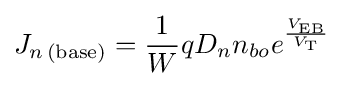
J_{n\,({\text{base}})}={\frac {1}{W}}qD_{n}n_{bo}e^{\frac {V_{\text{EB}}}{V_{\text{T}}}}